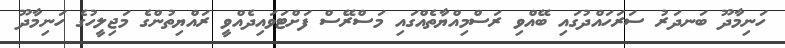
ހަނިމާދޫ ބަނދަރު ސަރަހައްދުގައި ބޭއްވި ރަސްމިއްޔާތެއްގައި މަސްރޭސް ފަށްޓަވައިދެއްވީ ރައްޔިތުންގެ މަޖިލީހުގެ ހަނިމާދޫ